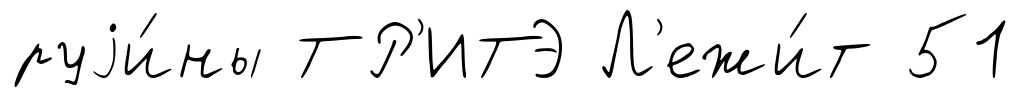
руjи́ны ТР'ИТЭ Л'ежи́т 51